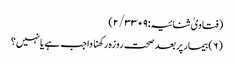
(فتاویٰ ثنائیہ:۲/۳۳۰۹)
(۶) بیمار پر بعد صحت روزہ رکھنا واجب ہے یا نہیں؟